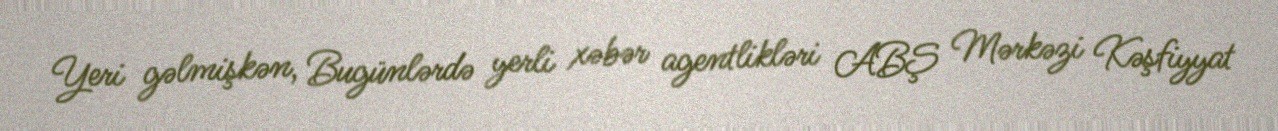
Yeri gəlmişkən, Bugünlərdə yerli xəbər agentlikləri ABŞ Mərkəzi Kəşfiyyat